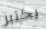
يختبر